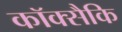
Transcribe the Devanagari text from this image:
कॉक्सैकि